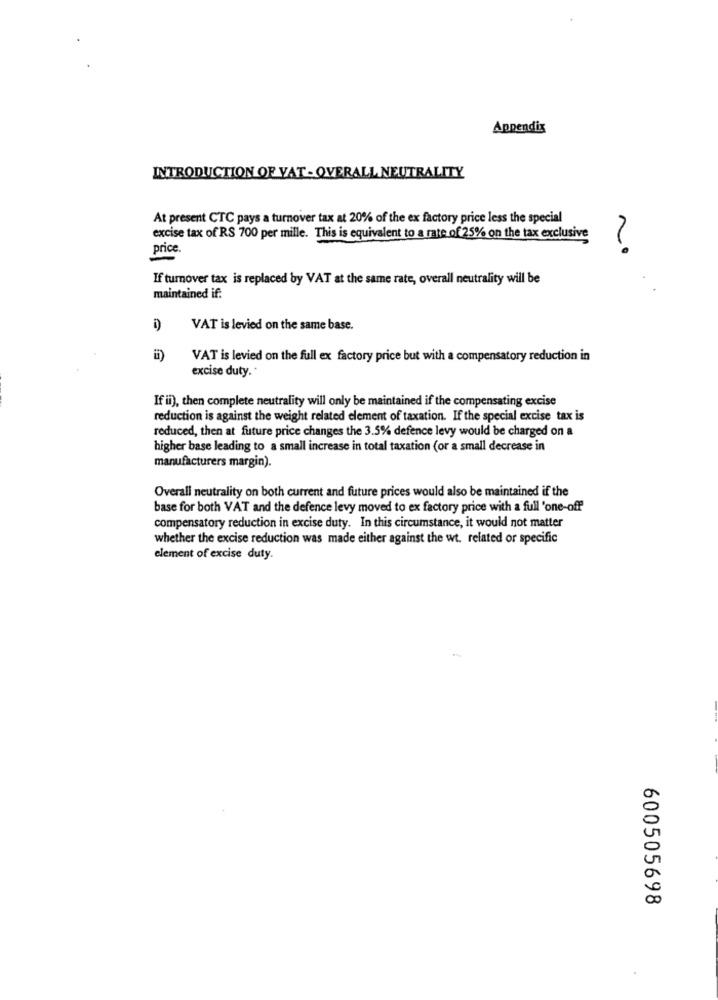
Appendix
INTRODUCTION OF VAT - OVERALL NEUTRALITY
At present CTC pays a turnover tax at 20% of the ex factory price less the special
excise tax of RS 700 per mille. This is equivalent to a rate of 25% on the tax exclusive
price.
No
If turnover tax is replaced by VAT at the same rate, overall neutrality will be
maintained if:
i)
VAT is levied on the same base.
VAT is levied on the full ex factory price but with a compensatory reduction in
excise duty."
If ii), then complete neutrality will only be maintained if the compensating excise
reduction is against the weight related element of taxation. If the special excise tax is
reduced, then at future price changes the 3.5% defence levy would be charged on a
higher base leading to a small increase in total taxation (or a small decrease in
manufacturers margin).
Overall neutrality on both current and future prices would also be maintained if the
base for both VAT and the defence levy moved to ex factory price with a full 'one-off
compensatory reduction in excise duty. In this circumstance, it would not matter
whether the excise reduction was made either against the wt. related or specific
element of excise duty.
600505698
.